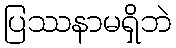
ပြဿနာမရှိဘဲ